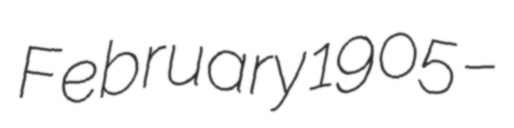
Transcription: February 1905 –